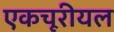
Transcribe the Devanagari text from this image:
एकचूरीयल